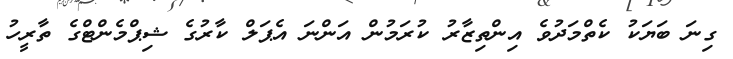
ގިނަ ބަޔަކު ކެތްމަދުވެ އިންތިޒާރު ކުރަމުން އަންނަ އެޕަލް ކާރުގެ ޝިޕްމެންޓްގެ ތާރީހު